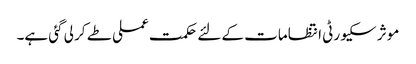
موثر سکیورٹی انتظامات کے لئے حکمت عملی طے کر لی گئی ہے۔